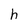
Character: h